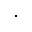
\cdot